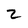
Character: 2